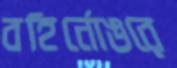
বহির্নোঙরে